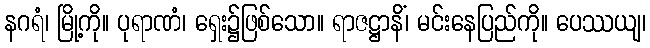
နဂရံ၊ မြို့ကို။ ပုရာဏံ၊ ရှေး၌ဖြစ်သော။ ရာဇဋ္ဌာနိံ၊ မင်းနေပြည်ကို။ ပေဿယျ၊